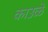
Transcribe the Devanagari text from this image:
काउळे